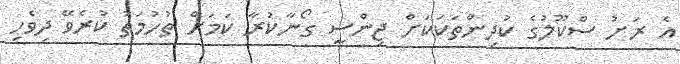
އެ ރަށު ސްކޫލުގެ ކުދިންތަކަކަށް ޖިންސީ ގޯނާކުރާ ކަމަށް ތުހުމަތު ކުރެވޭ ދިވެހި